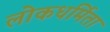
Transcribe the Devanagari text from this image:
लोकधर्मिता